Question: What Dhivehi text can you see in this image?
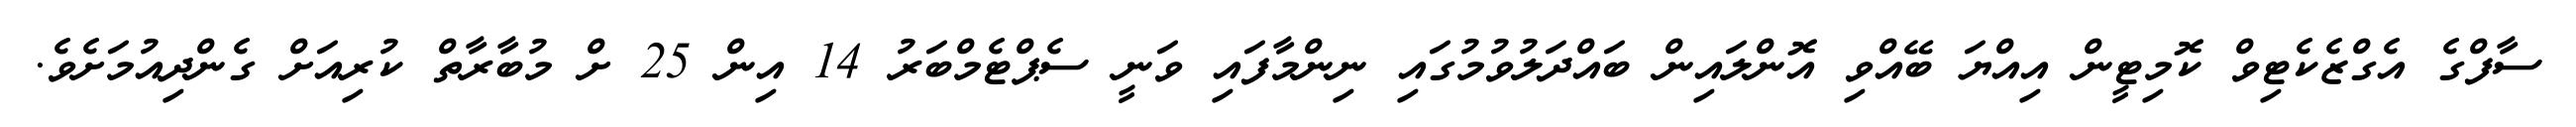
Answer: ސާފްގެ އެގްޒެކެޓިވް ކޮމިޓީން އިއްޔަ ބޭއްވި އޮންލައިން ބައްދަލުވުމުގައި ނިންމާފައި ވަނީ ސެޕްޓެމްބަރު 14 އިން 25 ށް މުބާރާތް ކުރިއަށް ގެންދިއުމަށެވެ.